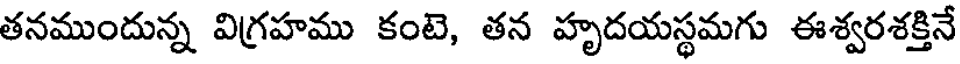
తనముందున్న విగ్రహము కంటె, తన హృదయస్థమగు ఈశ్వరశక్తినే